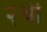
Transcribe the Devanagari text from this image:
२थी